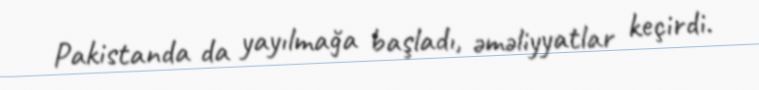
Pakistanda da yayılmağa başladı, əməliyyatlar keçirdi.